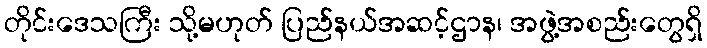
တိုင်းဒေသကြီး သို့မဟုတ် ပြည်နယ်အဆင့်ဌာန၊ အဖွဲ့အစည်းတွေရှိ